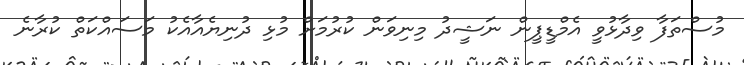
މުސްތަފާ ވިދާޅުވީ އެމްޑީޕީން ނަޝީދު މިނިވަން ކުރުމަށް މުޅި ދުނިޔެއާއެކު މަސައްކަތް ކުރާނެ